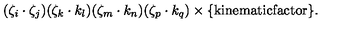
( \zeta _ { i } \cdot \zeta _ { j } ) ( \zeta _ { k } \cdot k _ { l } ) ( \zeta _ { m } \cdot k _ { n } ) ( \zeta _ { p } \cdot k _ { q } ) \times \{ \mathrm { k i n e m a t i c f a c t o r } \} .